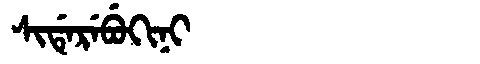
Manchu: ᠰᡳᡩᡝᡵᡝᠪᡠᡴᡳᠨᡳ
Romanization: SIDEREBUKINI